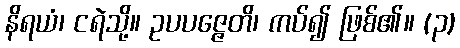
နိရယံ၊ ငရဲသို့။ ဥပပဇ္ဇေတိ၊ ကပ်၍ ဖြစ်၏။ (၃)